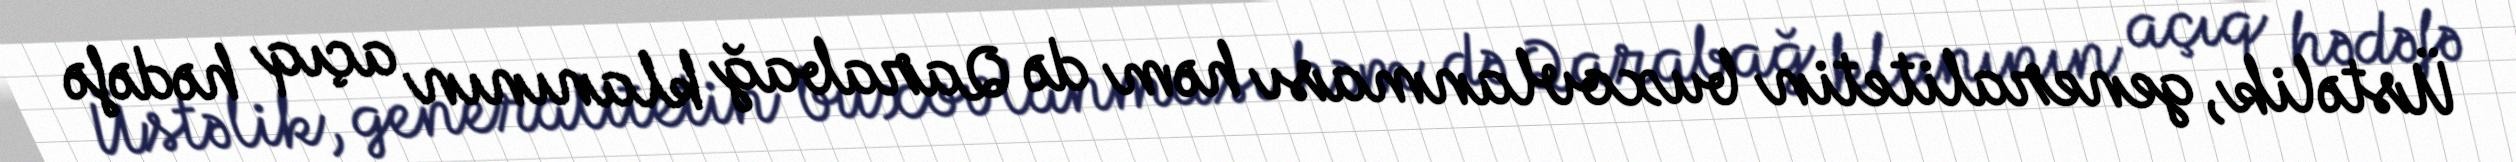
Üstəlik, generalitetin buxovlanması həm də Qarabağ klanının açıq hədəfə